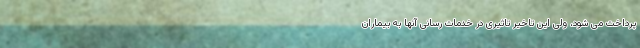
پرداخت می شود، ولی این تاخیر تاثیری در خدمات رسانی آنها به بیماران